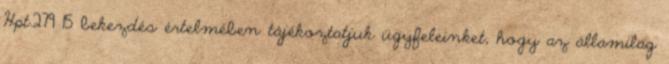
Hpt.279 15 bekezdés értelmében tájékoztatjuk ügyfeleinket, hogy az államilag